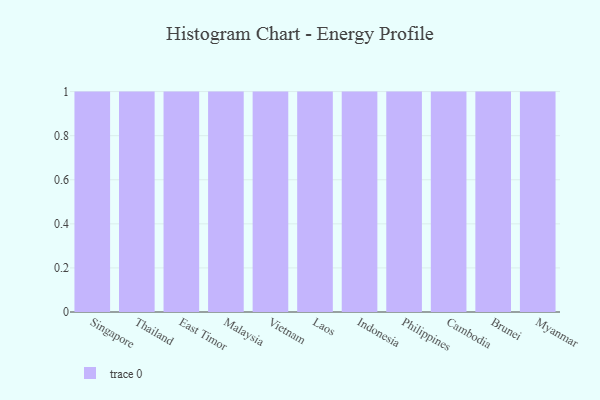
{"axis": {"x": "Country", "y": "LTV (USD)"}, "legend": [""], "data": [{"x": "Singapore", "y": 3, "type": ""}, {"x": "Thailand", "y": 51, "type": ""}, {"x": "East Timor", "y": 72, "type": ""}, {"x": "Malaysia", "y": 93, "type": ""}, {"x": "Vietnam", "y": 95, "type": ""}, {"x": "Laos", "y": 5, "type": ""}, {"x": "Indonesia", "y": 39, "type": ""}, {"x": "Philippines", "y": 52, "type": ""}, {"x": "Cambodia", "y": 2, "type": ""}, {"x": "Brunei", "y": 60, "type": ""}, {"x": "Myanmar", "y": 42, "type": ""}]}